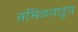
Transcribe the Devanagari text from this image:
तमिळनाडूच